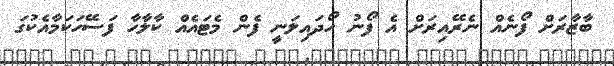
ބާޒާރަށް ފޯނެއް ނެރޭއިރަށް އެ ފޯނު ހޯދައިލަނީ ފެން މެޓައެއް ކާލާހާ ފަސޭހަކަމާއެކުގަ